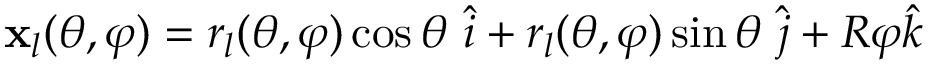
\mathbf { x } _ { l } ( \theta , \varphi ) = r _ { l } ( \theta , \varphi ) \cos { \theta } \ \hat { i } + r _ { l } ( \theta , \varphi ) \sin { \theta } \ \hat { j } + R \varphi \hat { k }